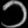
Digit: ၁